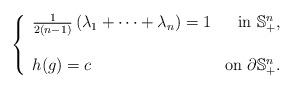
LaTeX: \begin{align*}\left\{ \begin{array}{lrc}\frac{1}{2(n-1)} \left( \lambda_1 + \dots + \lambda_n \right) =1&\textrm{in } \mathbb S^n_+, \\ \\h(g)=c & \textrm{on }\partial \mathbb{S}^n_+.\end{array}\right.\end{align*}